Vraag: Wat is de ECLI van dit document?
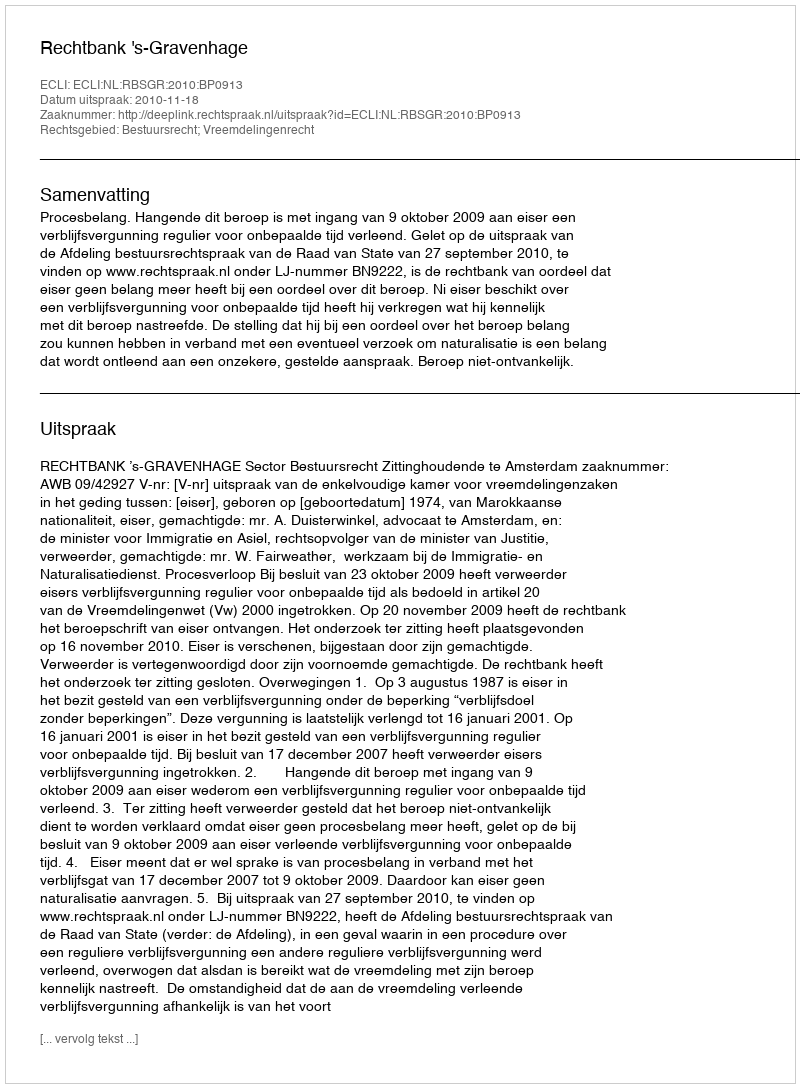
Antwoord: ECLI:NL:RBSGR:2010:BP0913